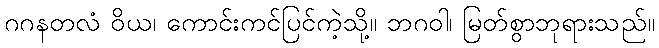
ဂဂနတလံ ဝိယ၊ ကောင်းကင်ပြင်ကဲ့သို့။ ဘဂဝါ၊ မြတ်စွာဘုရားသည်။